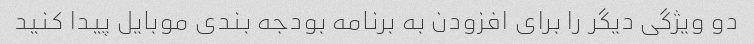
دو ویژگی دیگر را برای افزودن به برنامه بودجه بندی موبایل پیدا کنید